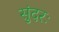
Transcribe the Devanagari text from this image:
सुंदरः